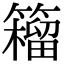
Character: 籕